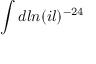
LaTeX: \int d l n ( i l ) ^ { - 2 4 }